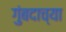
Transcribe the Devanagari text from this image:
गुंबदाच्या